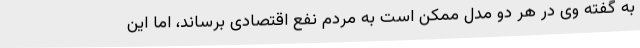
به گفته وی در هر دو مدل ممکن است به مردم نفع اقتصادی برساند، اما این